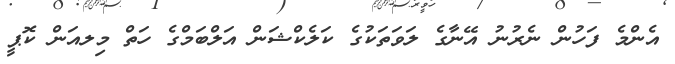
އެންމެ ފަހުން ނެރުނު އޭނާގެ ލަވަތަކުގެ ކަލެކްޝަން އަލްބަމްގެ ހަތް މިލއަން ކޮޕީ